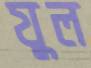
যুল